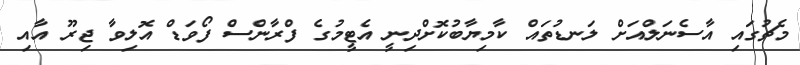
މެޗުގައި އާސެނަލްއަށް ލަނޑުތައް ކާމިޔާބުކޮށްދިނީ އެޓީމުގެ ފްރާންސް ފޯވަޑް އޮލިވާ ޖިރޫ އާއި